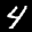
Label: 4